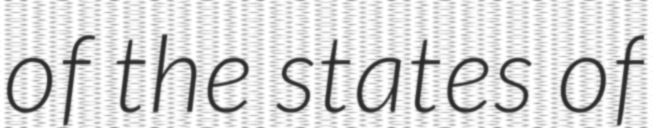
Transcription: of the states of